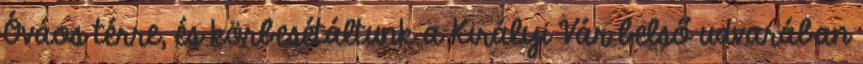
Óváos térre, és körbesétáltunk a Királyi Vár belső udvarában